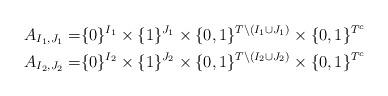
LaTeX: \begin{align*} A_{I_1,J_1} = & \{0\}^{I_1}\times \{1\}^{J_1}\times \{0,1\}^{T\backslash(I_1\cup J_1)}\times \{0,1\}^{T^c}\\ A_{I_2,J_2} = & \{0\}^{I_2}\times \{1\}^{J_2}\times \{0,1\}^{T\backslash(I_2\cup J_2)}\times \{0,1\}^{T^c}\end{align*}